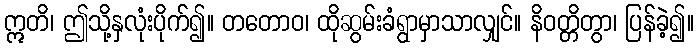
ဣတိ၊ ဤသို့နှလုံးပိုက်၍။ တတောဝ၊ ထိုဆွမ်းခံရွာမှာသာလျှင်။ နိဝတ္တိတွာ၊ ပြန်ခဲ့၍။